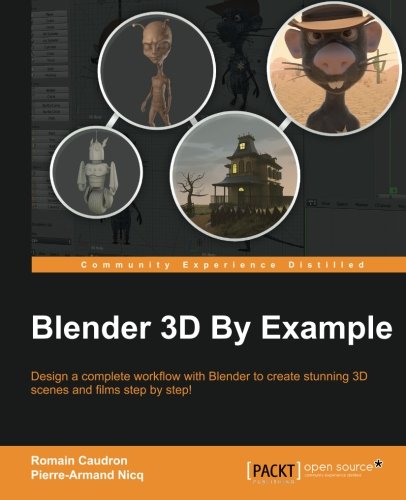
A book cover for Blender 3D by Example; Romain Caudron; Computers & Technology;